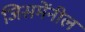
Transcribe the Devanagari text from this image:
जिसमेंनील